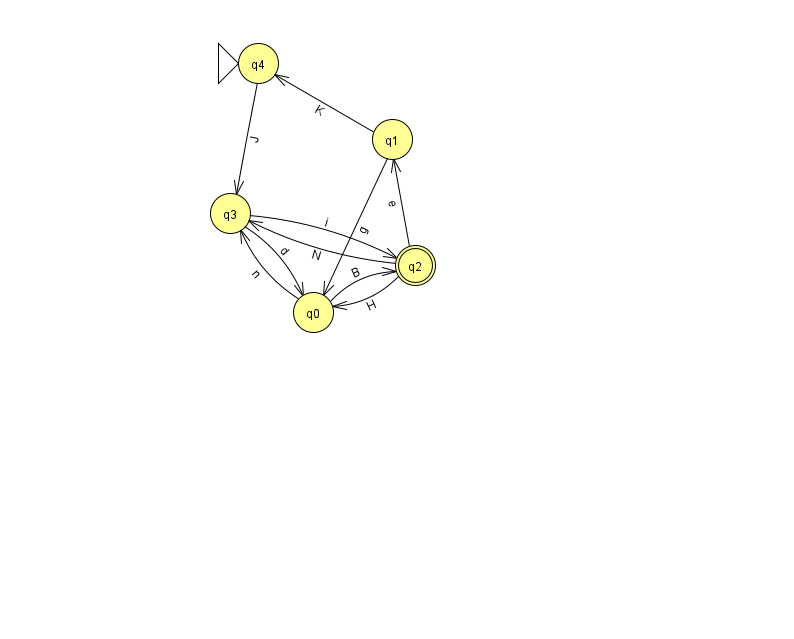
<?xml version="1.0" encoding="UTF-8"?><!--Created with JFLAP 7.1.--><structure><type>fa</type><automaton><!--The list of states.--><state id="0" name="q0"><x>313.0</x><y>299.0</y></state><state id="1" name="q1"><x>392.0</x><y>126.0</y></state><state id="2" name="q2"><x>415.0</x><y>252.0</y><final/></state><state id="3" name="q3"><x>230.0</x><y>200.0</y></state><state id="4" name="q4"><x>258.0</x><y>50.0</y><initial/></state><!--The list of transitions.--><transition><from>2</from><to>1</to><read>e</read></transition><transition><from>0</from><to>3</to><read>n</read></transition><transition><from>2</from><to>0</to><read>H</read></transition><transition><from>2</from><to>3</to><read>N</read></transition><transition><from>1</from><to>4</to><read>K</read></transition><transition><from>4</from><to>3</to><read>J</read></transition><transition><from>3</from><to>0</to><read>d</read></transition><transition><from>0</from><to>2</to><read>B</read></transition><transition><from>1</from><to>0</to><read>g</read></transition><transition><from>3</from><to>2</to><read>i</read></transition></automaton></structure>